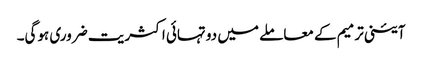
آئینی ترمیم کے معاملے میں دو تہائی اکثریت ضروری ہوگی۔